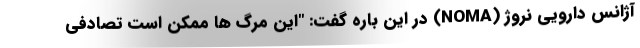
آژانس دارویی نروژ (NOMA) در این باره گفت: "این مرگ ها ممکن است تصادفی